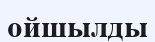
ойшылды